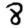
Digit: 8